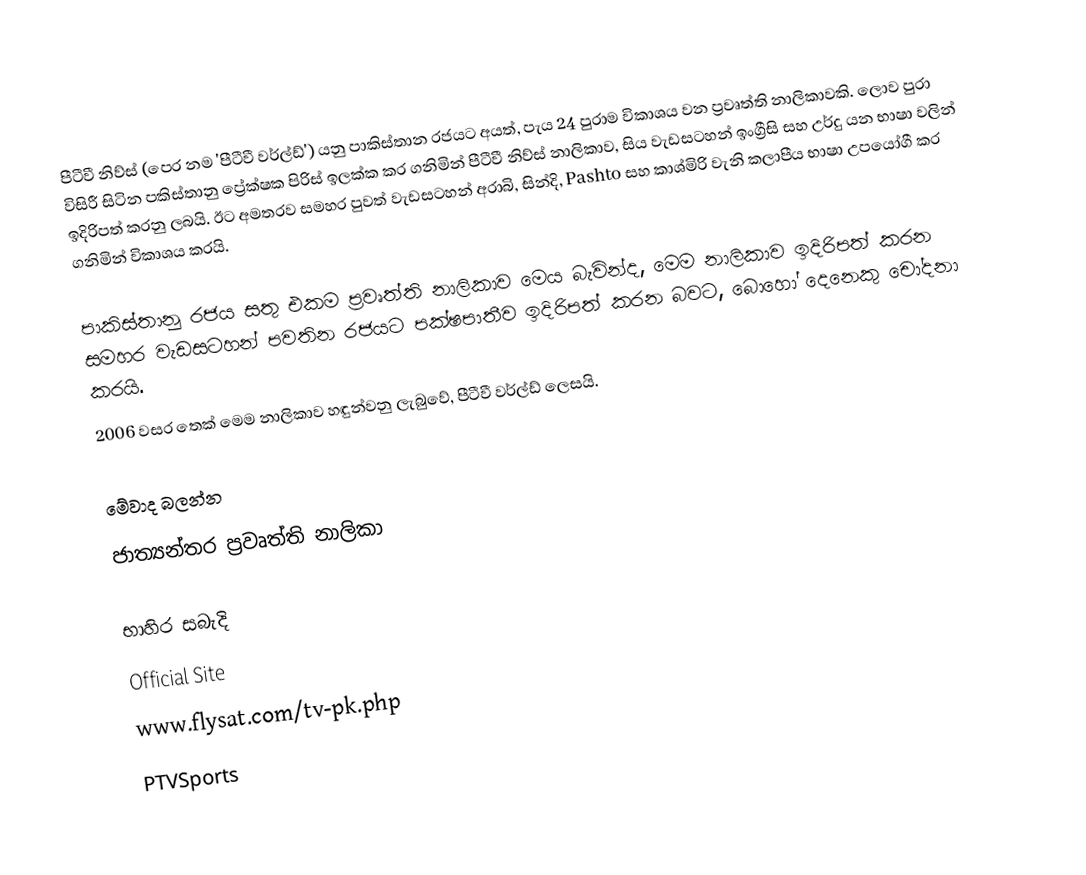
පීටීවී නිව්ස් (පෙර නම 'පීටීවී වර්ල්ඩ්') යනු පාකිස්තාන රජයට අයත්, පැය 24 පුරාම විකාශය වන ප්‍රවෘත්ති නාලිකාවකි. ලොව පුරා විසිරී සිටින පකිස්තානු ප්‍රේක්ෂක පිරිස් ඉලක්ක කර ගනිමින් පීටීවී නිව්ස් නාලිකාව, සිය වැඩසටහන් ඉංග්‍රීසි සහ උර්දු යන භාෂා වලින් ඉදිරිපත් කරනු ලබයි. ඊට අමතරව සමහර පුවත් වැඩසටහන් අරාබි, සින්දි, Pashto සහ කාශ්මිරි වැනි කලාපීය භාෂා උපයෝගී කර ගනිමින් විකාශය කරයි.

පාකිස්තානු රජය සතු එකම ප්‍රවෘත්ති නාලිකාව මෙය බැවින්ද, මෙම නාලිකාව ඉදිරිපත් කරන සමහර වැඩසටහන් පවතින රජයට පක්ෂපාතීව ඉදිරිපත් කරන බවට, බොහෝ දෙනෙකු චෝදනා කරයි.
2006 වසර තෙක් මෙම නාලිකාව හඳුන්වනු ලැබුවේ, පීටීවී වර්ල්ඩ් ලෙසයි.

මේවාද බලන්න
 ජාත්‍යන්තර ප්‍රවෘත්ති නාලිකා

භාහිර සබැදි
 Official Site
 www.flysat.com/tv-pk.php
 PTVSports